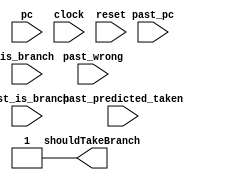
module predictor (pc,is_branch,shouldTakeBranch,past_pc,past_wrong,past_is_branch,past_predicted_taken,clock,reset);
// pc: pc of branch being predicted
// is_branch: is the instruction being predicted a branch?
// past_pc: pc of branch previously predicted (comes from execute)
// past_is_branch: is the instruction coming from execute a branch
// past_wrong: was there a mispredict on the past branch coming from execute
// past_predicted_taken: whether the prediction of the past branch from execute was taken or not taken
// shouldTakeBranch: shoud take current branch in decode?


input[31:0]pc,past_pc;
input past_wrong,is_branch,past_is_branch,past_predicted_taken,clock,reset;

output shouldTakeBranch;


//predictor_1bit bpred1bit(shouldTakeBranch, past_pc, pc, past_is_branch, is_branch, past_predicted_taken, past_wrong, clock, reset);
//predictor_2bit bpred2bit(shouldTakeBranch, past_pc, pc, past_is_branch, is_branch, past_predicted_taken, past_wrong, clock, reset);
//predictor_correlated_2bit correlated2bit(shouldTakeBranch, past_pc, pc, past_is_branch, is_branch, past_predicted_taken, past_wrong, clock, reset);
//predictor_correlated_3bit correlated3bit(shouldTakeBranch, past_pc, pc, past_is_branch, is_branch, past_predicted_taken, past_wrong, clock, reset);

assign shouldTakeBranch=1'b1;

endmodule